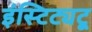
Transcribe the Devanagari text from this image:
इंस्टिट्यटू